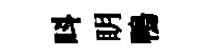
呌眀鴨